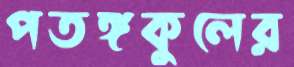
পতঙ্গকুলের